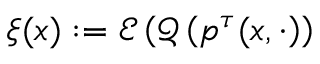
\xi ( x ) : = \mathcal { E } \left( \mathcal { Q } \left( p ^ { \tau } ( x , \cdot \right) \right)